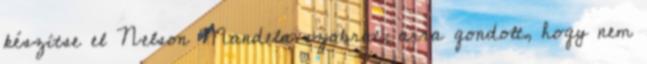
készítse el Nelson Mandela szobrát, arra gondolt, hogy nem